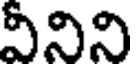
వీనిని